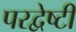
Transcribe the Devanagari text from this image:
परद्वेष्टी